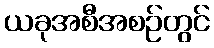
ယခုအစီအစဉ်တွင်